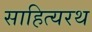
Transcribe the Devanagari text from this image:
साहित्यरथ